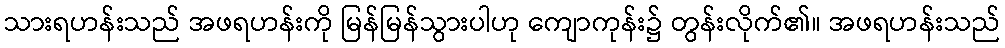
သားရဟန်းသည် အဖရဟန်းကို မြန်မြန်သွားပါဟု ကျောကုန်း၌ တွန်းလိုက်၏။ အဖရဟန်းသည်